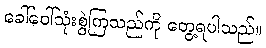
ခေါ်ဝေါ်သုံးစွဲကြသည်ကို တွေ့ရပါသည်။